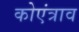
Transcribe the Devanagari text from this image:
कोएंत्राव